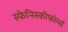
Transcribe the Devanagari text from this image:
स्फेनिस्कीफोर्म्स